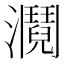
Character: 𤄎